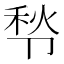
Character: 𰆒